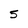
Character: 5